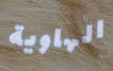
الهاوية